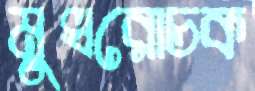
মুখরোচক